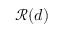
\mathcal { R } ( d )